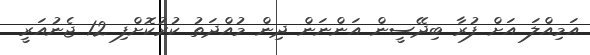
އަމިއްލަ އަށް ފުރާ ބިދޭސީން އަންނަން ދިން މުއްދަތު ކުރުކޮށްފި 12 ޖެނުއަރީ